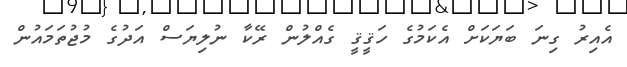
އެއިރު ގިނަ ބަޔަކަށް އެކަމުގެ ހަޤީޤީ ގެއްލުން ރޭކާ ނުލިޔަސް އަދުގެ މުޖުތަމައުން